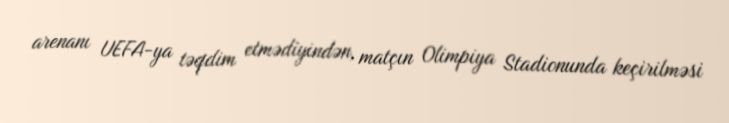
arenanı UEFA-ya təqdim etmədiyindən, matçın Olimpiya Stadionunda keçirilməsi